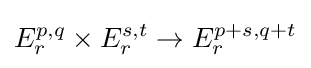
E_{r}^{p,q}\times E_{r}^{s,t}\to E_{r}^{p+s,q+t}